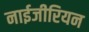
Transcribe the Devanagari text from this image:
नाईजीरियन